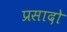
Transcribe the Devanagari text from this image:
प्रसादो